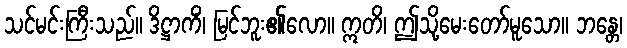
သင်မင်းကြီးသည်။ ဒိဋ္ဌာကိံ၊ မြင်ဘူး၏လော။ ဣတိ၊ ဤသို့မေးတော်မူသော။ ဘန္တေ၊